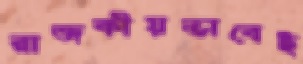
রাজকীয়ভাবেই